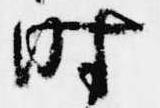
時